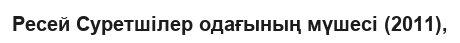
Ресей Суретшілер одағының мүшесі (2011),